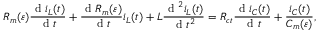
R _ { m } ( \varepsilon ) \frac { \textrm { d } i _ { L } ( t ) } { \textrm { d } t } + \frac { \textrm { d } R _ { m } ( \varepsilon ) } { \textrm { d } t } i _ { L } ( t ) + L \frac { \textrm { d } ^ { 2 } i _ { L } ( t ) } { \textrm { d } t ^ { 2 } } = R _ { c t } \frac { \textrm { d } i _ { C } ( t ) } { \textrm { d } t } + \frac { i _ { C } ( t ) } { C _ { m } ( \varepsilon ) } ,